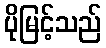
ပိုမြင့်သည်